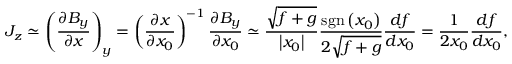
J _ { z } \simeq \left( \frac { \partial B _ { y } } { \partial x } \right) _ { y } = \left( \frac { \partial x } { \partial x _ { 0 } } \right) ^ { - 1 } \frac { \partial B _ { y } } { \partial x _ { 0 } } \simeq \frac { \sqrt { f + g } } { \left| x _ { 0 } \right| } \frac { \mathrm { s g n } \left( x _ { 0 } \right) } { 2 \sqrt { f + g } } \frac { d f } { d x _ { 0 } } = \frac { 1 } { 2 x _ { 0 } } \frac { d f } { d x _ { 0 } } ,